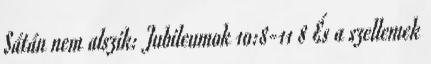
Sátán nem alszik: Jubileumok 10:8-11 8 És a szellemek